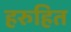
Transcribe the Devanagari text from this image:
हरुहित